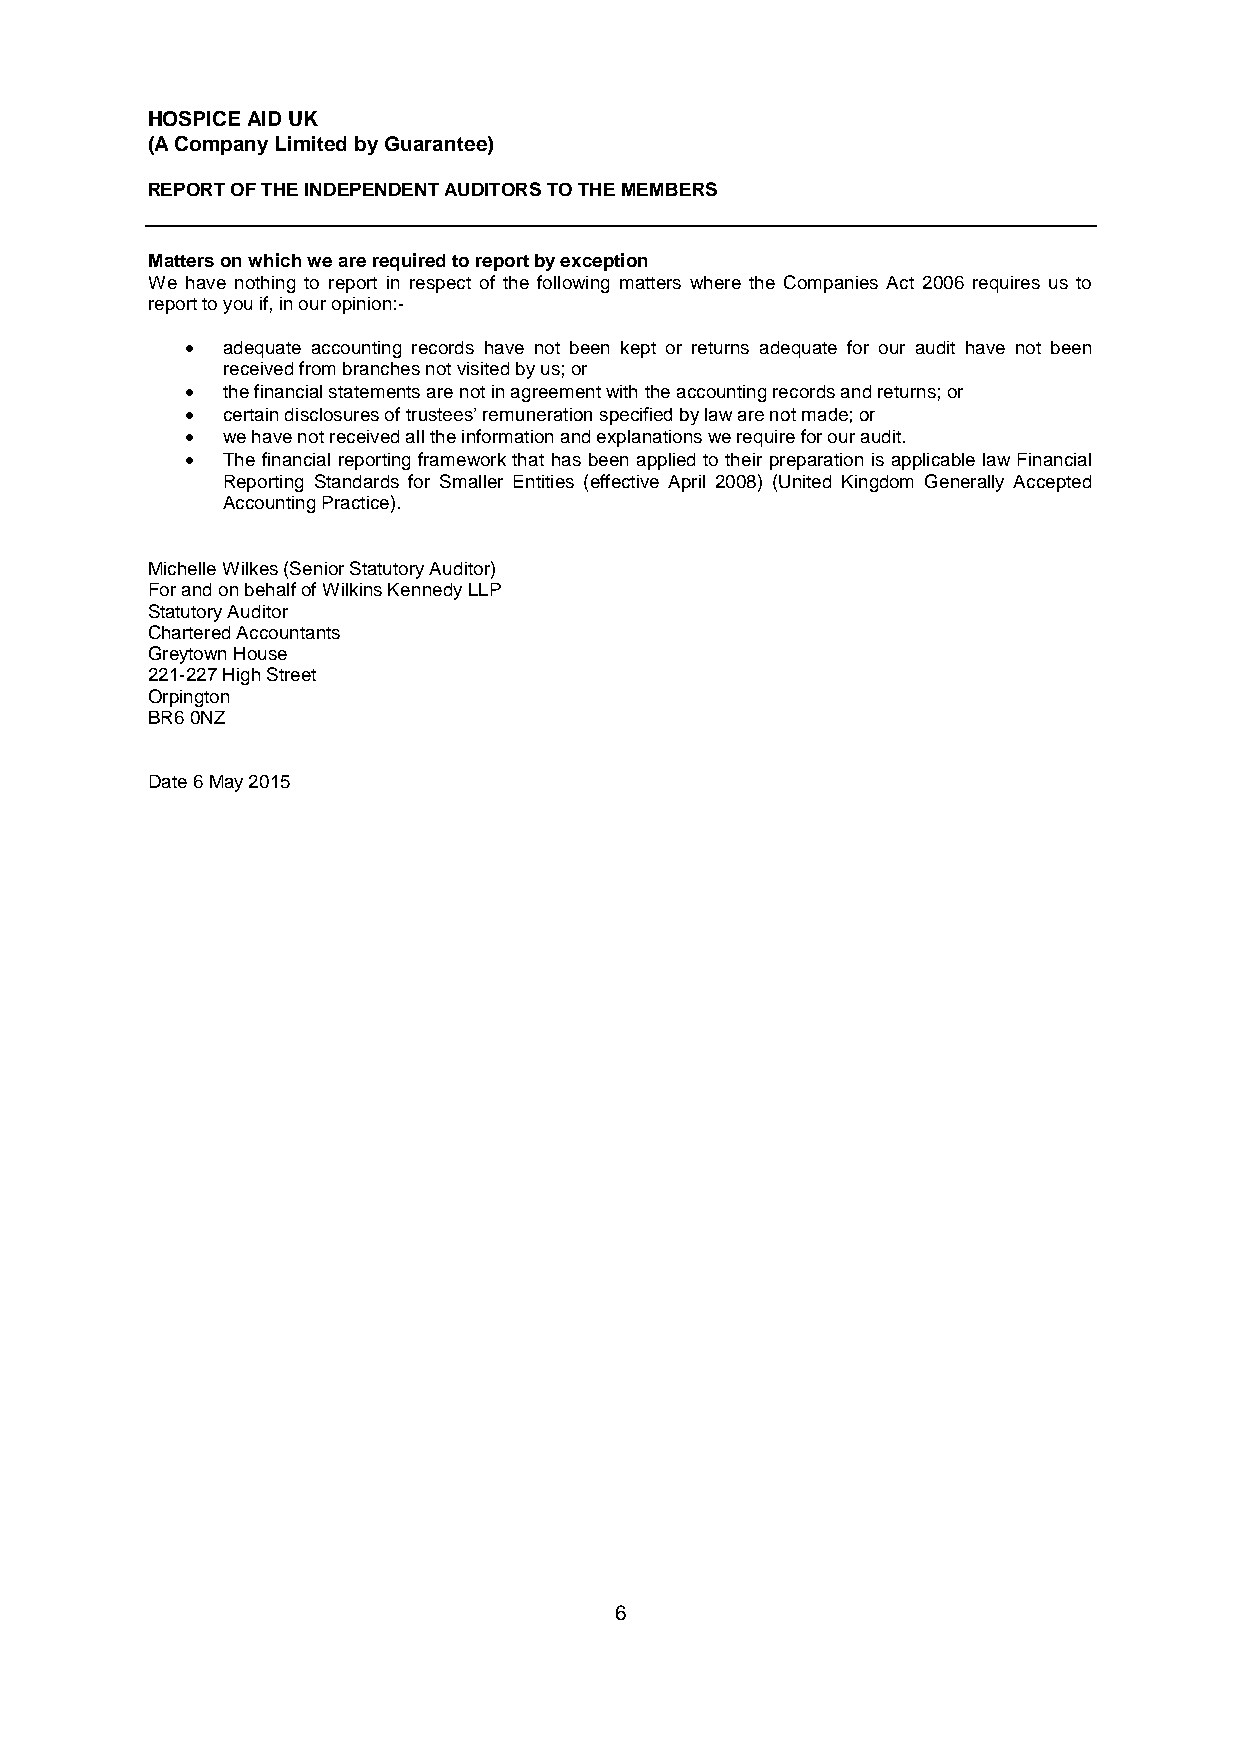
HOSPICE AID UK
 (A Company Limited by Guarantee)
 REPORT OF THE INDEPENDENT AUDITORS TO THE MEMBERS
 Matters on which we are required to report by exception
 We have nothing to report in respect of the following matters where the Companies Act 2006 requires us to
 report to you if, in our opinion:-
   adequate accounting records have not been kept or returns adequate for our audit have not been
 received from branches not visited by us; or
   the financial statements are not in agreement with the accounting records and returns; or
   certain disclosures of trustees’ remuneration specified by law are not made; or
   we have not received all the information and explanations we require for our audit.
   The financial reporting framework that has been applied to their preparation is applicable law Financial
 Reporting Standards for Smaller Entities (effective April 2008) (United Kingdom Generally Accepted
 Accounting Practice).
 Michelle Wilkes (Senior Statutory Auditor)
 For and on behalf of Wilkins Kennedy LLP
 Statutory Auditor
 Chartered Accountants
 Greytown House
 221-227 High Street
 Orpington
 BR6 0NZ
 Date 6 May 2015
 6